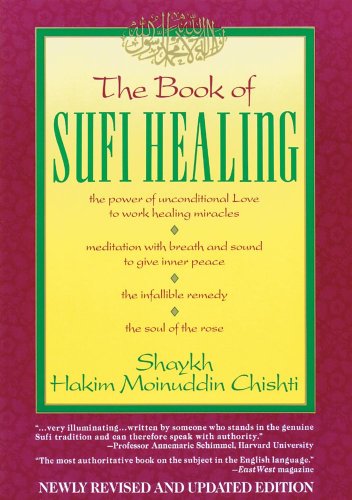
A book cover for The Book of Sufi Healing; G. M. Chishti; Religion & Spirituality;